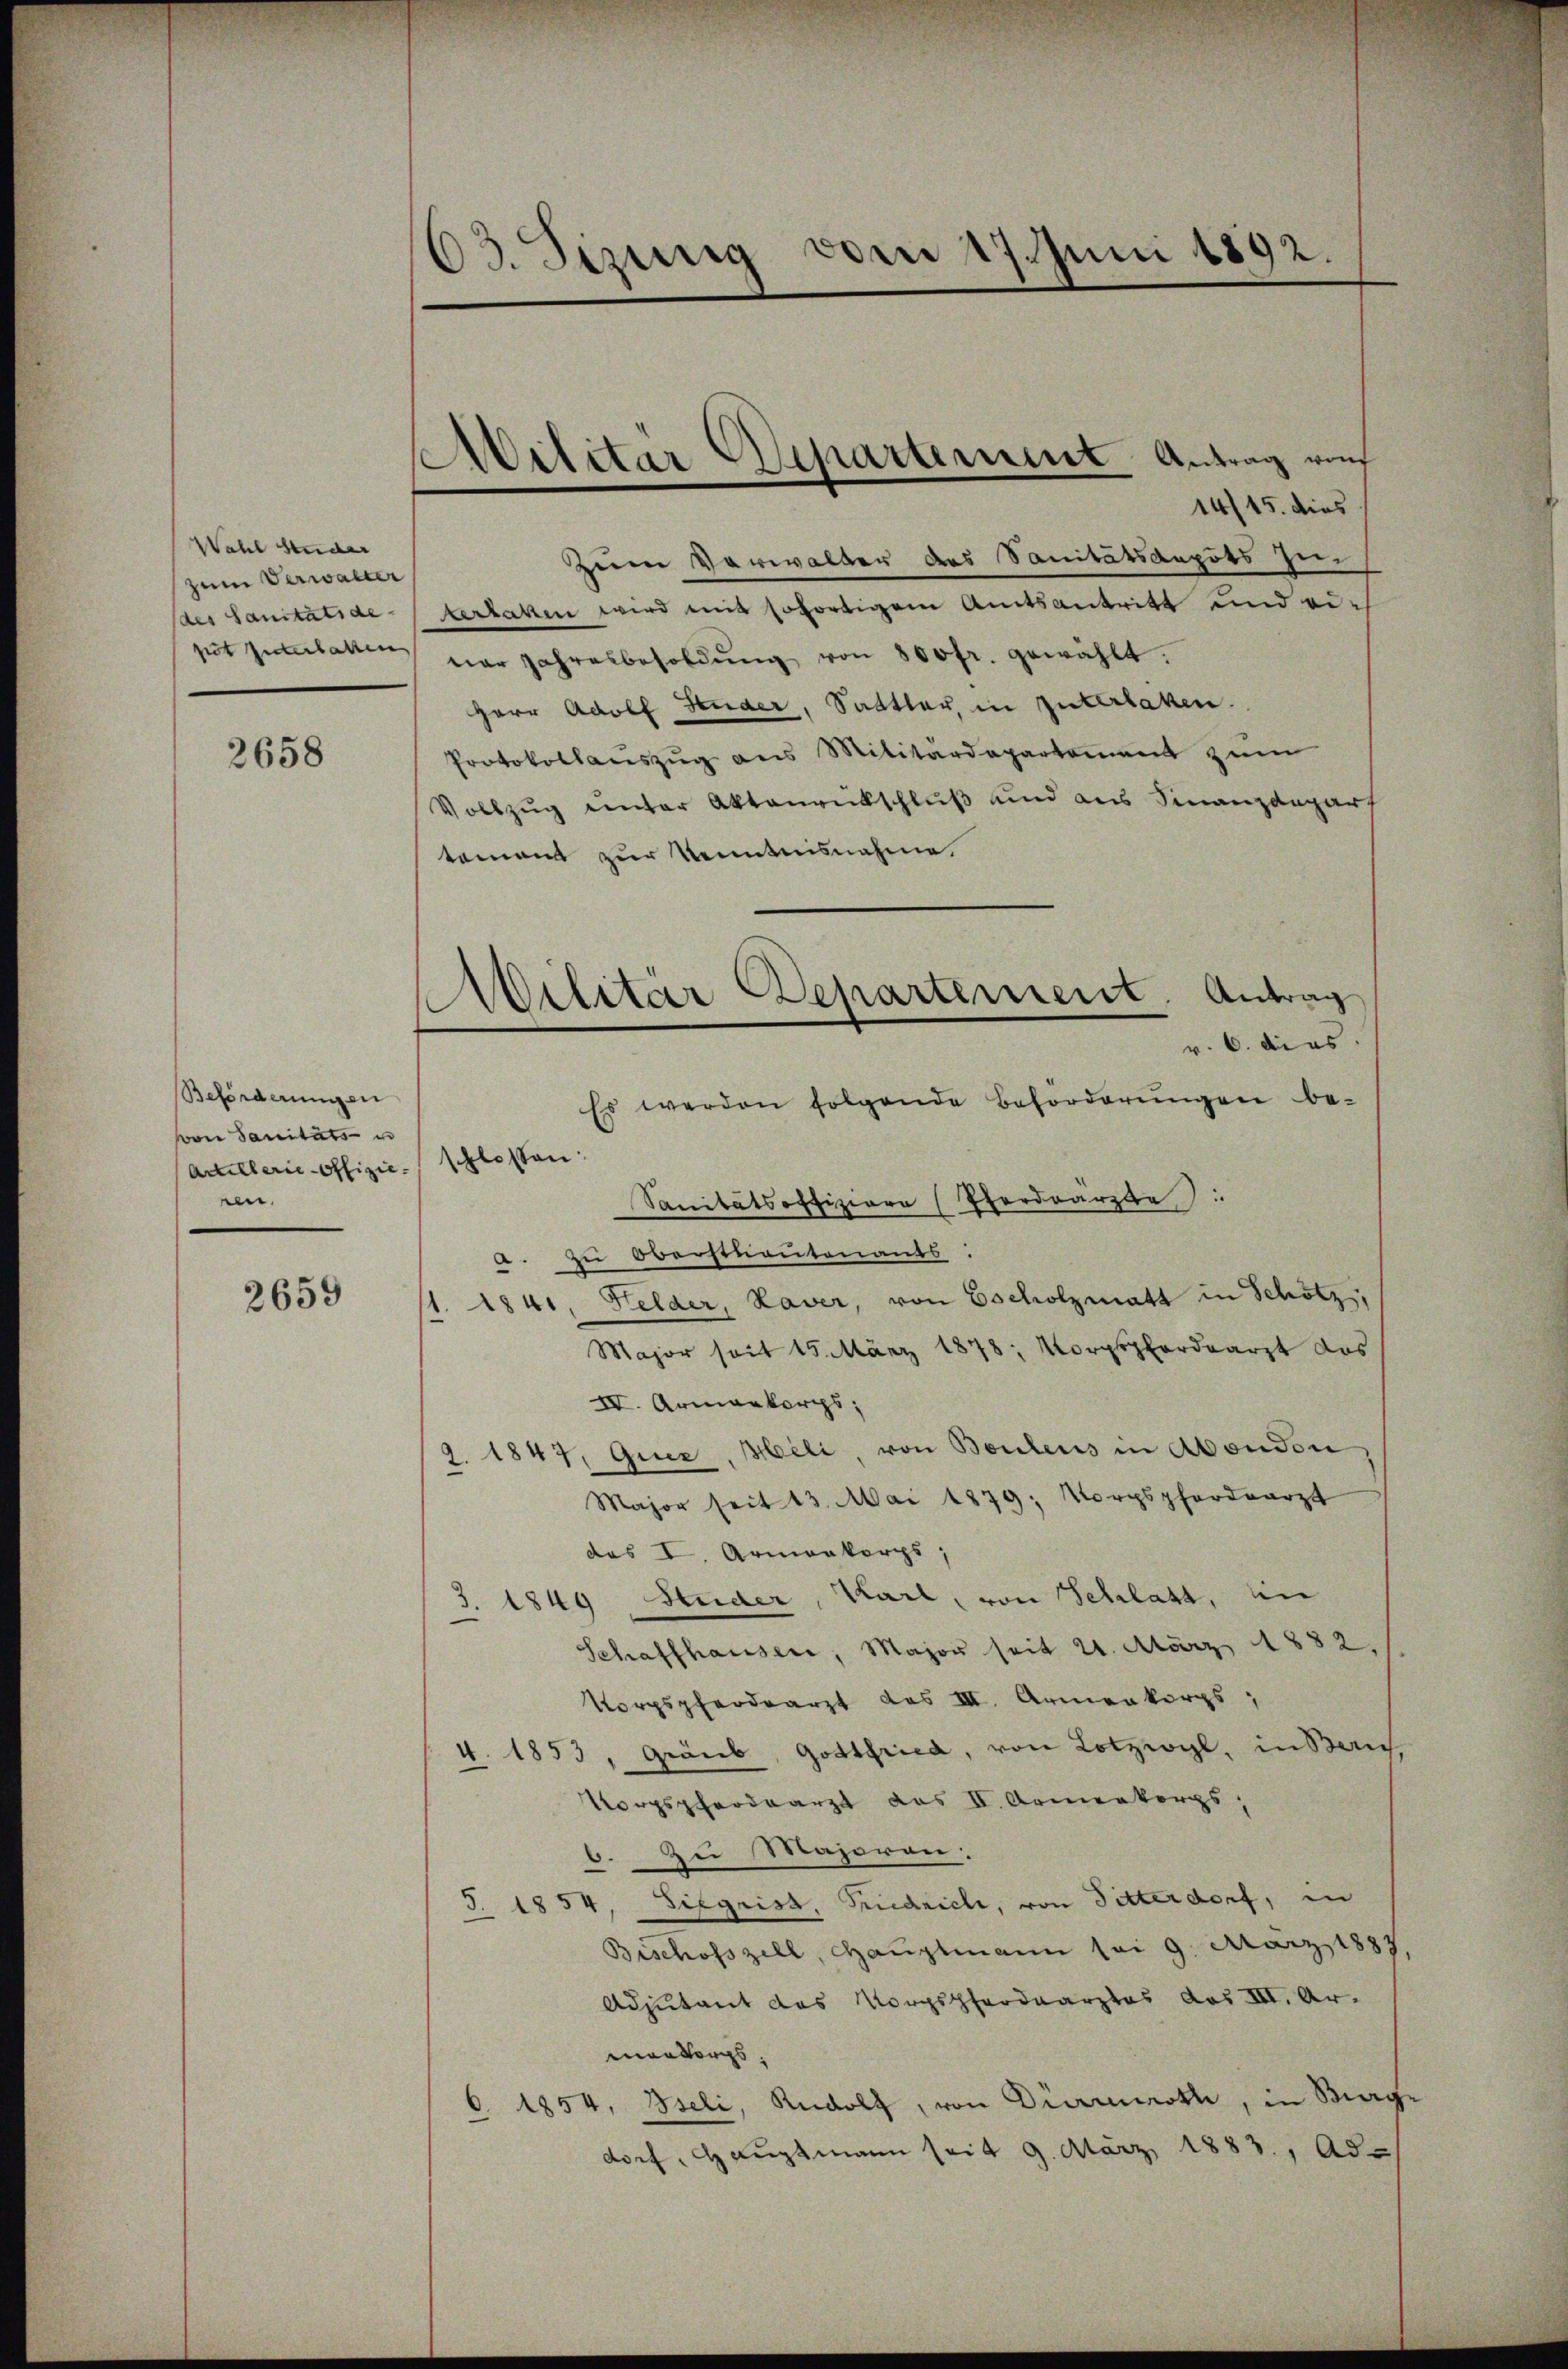
Wahl Studer
zum Verwalter
des Sanitätsde
pit Interhalten

2658

Beförderungen
von Sanitäts- u
Artillerie-Offizie
en.

2659

03. Sizung von 17. Juni 1892.

14/15. dies
Zum Verwalter des Sanitätsaepots zu-
terlaken wird mit sofortigem Amtsantritt und einar Jahresbesoldŭng von 800fr. gewählt.
Herr Adolf Studer, Sattler, in guterlaken.
Protokollanszŭg ans Militärdepartement zŭm
Vollzug unter Aktenrikschluß und aus Finanzdepart
tement zur Kenntnisnahme.
v. 6. die es
Es werden folgende Beforderŭngen be-
schlossen:
Sanitätsoffiziare (Pferdrärzte
a. zu Oberstrautenants:
1. 1841, Felder, Laver, von Escholzmatt in Schötz,
Major seit 15. März 1878, Korpspfordearzt das
IV. Armenkorps;
2. 1847, Quer, Heli, von Boulens in Abenden
Major seit 13. Mai 1879; Vorpspfordearzt
das I. Armenkorps,
3. 1849 Studer, Karl, von Schlatt, in
Schaffhauser, Major seit 24. März 1882.
Norpspferdearzt das III. Armenkorps,
v. 1853, Graub, Gottfried, von Lotzwyl, in Zürich,
Norpspferdearzt das II. Armenkorps,
b. Zu Majoren:
S. 1854, Siegrist, Friedrich, von Sitterdorf, in
Bischofszell, Hauptmann sei 9. März 1887,
Adjutant des Morgsfordearztes das III. Armansorgs,
6. 1854, Iseli, Rudolf, von Dürrenroth, in Berg
dorf, Hauptmann seit 9. März 1883, Ad

Abilitar Departement Antrag auf

Militär Departement. Antrag